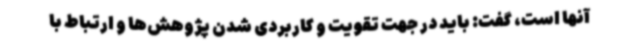
آنها است، گفت: باید در جهت تقویت و کاربردی شدن پژوهش‌ها و ارتباط با